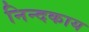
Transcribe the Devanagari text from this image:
निन्दकाय